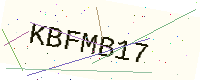
Text: KBFMB17